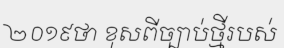
២០១៩ថា ខុសពីច្បាប់ថ្មីរបស់